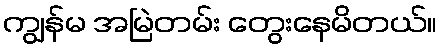
ကျွန်မ အမြဲတမ်း တွေးနေမိတယ်။